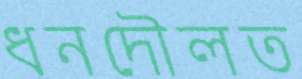
ধনদৌলত